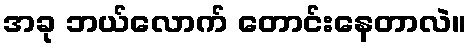
အခု ဘယ်လောက် တောင်းနေတာလဲ။